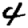
Digit: 4